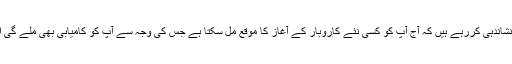
آج آپ کے ستارے اس بات کی نشاندہی کررہے ہیں کہ آج آپ کو کسی نئے کاروبار کے آغاز کا موقع مل سکتا ہے جس کی وجہ سے آپ کو کامیابی بھی ملے گی اور فائدہ بھی حاصل ہوسکتا ہے۔